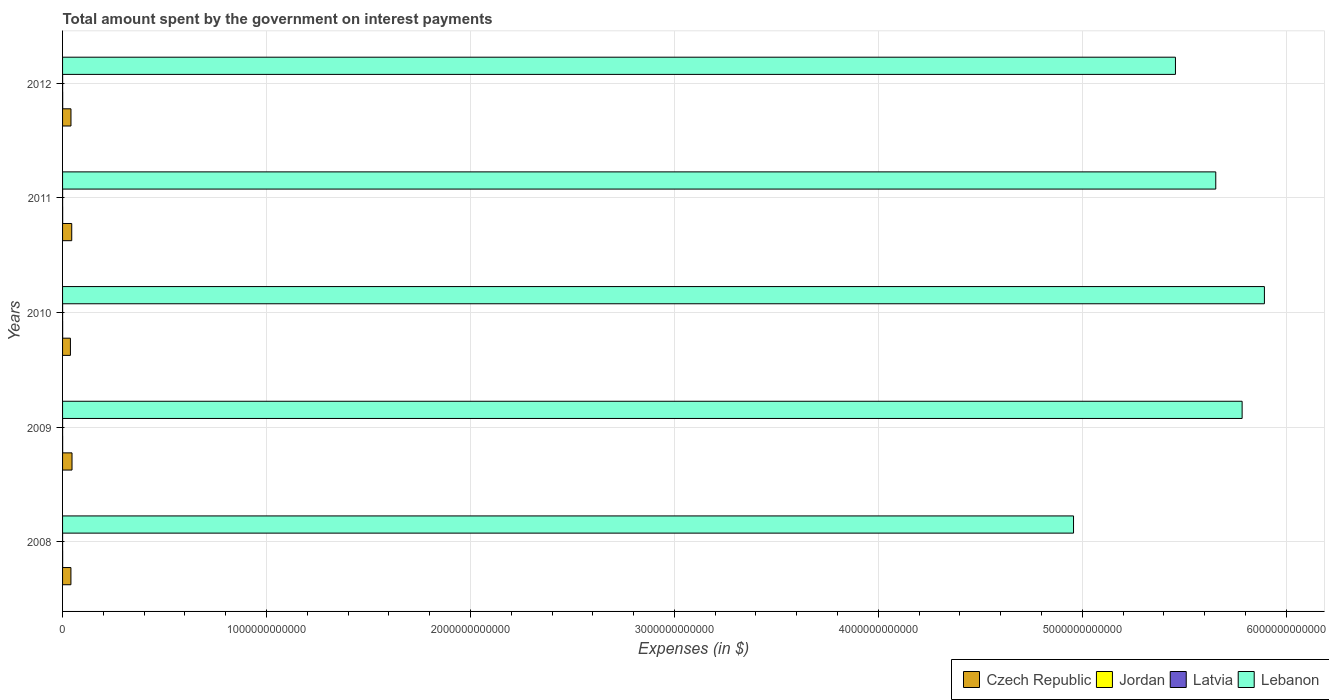
| Years | Czech Republic | Jordan | Latvia | Lebanon |
 | --- | --- | --- | --- | --- |
 | 2008 | 4.09e+10 | 3.78e+08 | 5.9e+07 | 4.96e+12 |
 | 2009 | 4.64e+10 | 3.92e+08 | 1.44e+08 | 5.78e+12 |
 | 2010 | 3.85e+10 | 3.98e+08 | 1.7e+08 | 5.89e+12 |
 | 2011 | 4.5e+10 | 4.3e+08 | 1.91e+08 | 5.65e+12 |
 | 2012 | 4.12e+10 | 5.83e+08 | 2.15e+08 | 5.46e+12 |